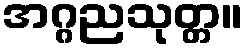
အဂ္ဂညသုတ္တ။